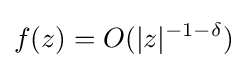
f(z)=O(|z|^{-1-\delta })